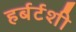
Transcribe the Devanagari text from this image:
हर्बर्टशी